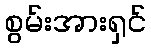
စွမ်းအားရှင်